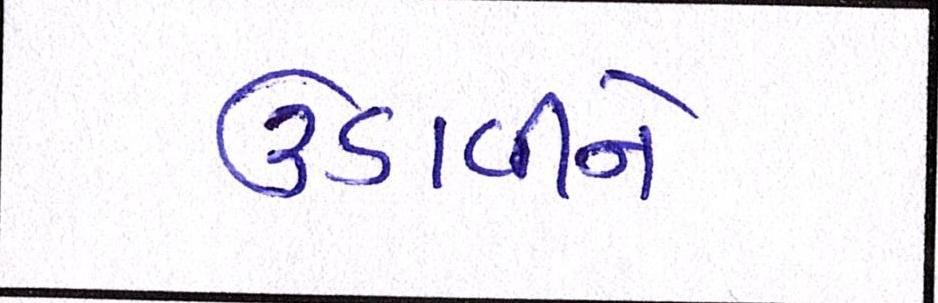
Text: ઉડાવીને